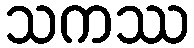
သကဿ